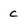
Character: c